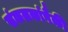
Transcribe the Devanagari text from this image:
संकलकांपैकी